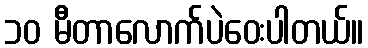
၁၀ မီတာလောက်ပဲဝေးပါတယ်။